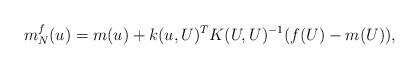
LaTeX: \begin{align*}m_N^f(u) = m(u) + k(u,U)^T K(U,U)^{-1} (f(U) - m(U)),\end{align*}